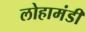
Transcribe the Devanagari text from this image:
लोहामंडी